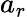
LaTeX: a_{r}